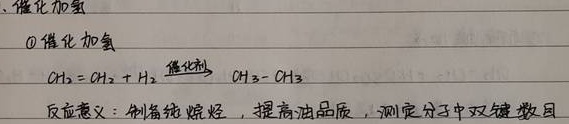
、催化加氢\textcircled{1} 催化加氢
\(\mathrm{CH}_{2}=\mathrm{CH}_{2}+\mathrm{H}_{2}\xrightarrow{\text{催化剂}}\mathrm{CH}_{3}-\mathrm{CH}_{3}\)
反应意义：制备烷烃，提高油品质，测定分子中双键数目